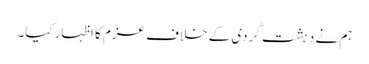
ہم نے دہشت گردی کے خلاف عزم کا اظہارکیا۔